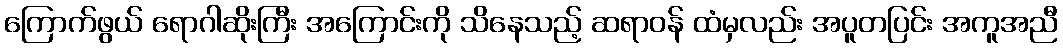
ကြောက်ဖွယ် ရောဂါဆိုးကြီး အကြောင်းကို သိနေသည့် ဆရာဝန် ထံမှလည်း အပူတပြင်း အကူအညီ